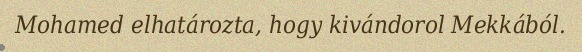
Mohamed elhatározta, hogy kivándorol Mekkából.